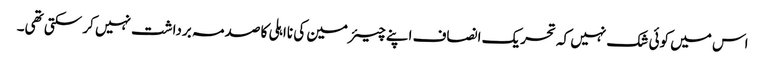
اس میں کوئی شک نہیں کہ تحریک انصاف اپنے چیئرمین کی نااہلی کا صدمہ برداشت نہیں کر سکتی تھی۔